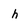
Character: h